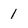
Character: 1